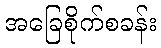
အခြေစိုက်စခန်း